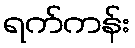
ရက်ကန်း